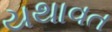
યથાવત